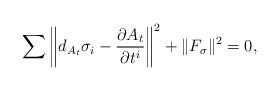
LaTeX: \begin{gather*}\sum\left\Vert d_{A_t}\sigma_i-\frac{\partial A_t}{\partial t^i}\right\Vert^2 + \Vert F_\sigma \Vert^2 =0,\end{gather*}